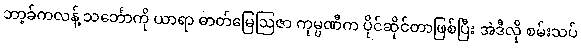
ဘာ့ခ်ကလန့် သင်္ဘောကို ယာရာ ဓာတ်မြေဩဇာ ကုမ္ပဏီက ပိုင်ဆိုင်တာဖြစ်ပြီး အဲဒီလို စမ်းသပ်